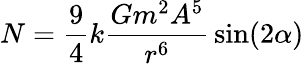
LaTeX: N={\frac{9}{4}}k{\frac{Gm^{2}A^{5}}{r^{6}}}\sin(2\alpha)